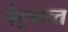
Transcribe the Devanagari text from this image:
वेह्र्मच्त